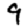
Digit: 9